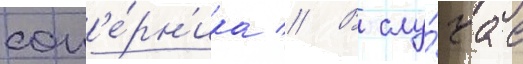
соп'е́рн'ика // В слу́чае